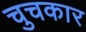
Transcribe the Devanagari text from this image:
चुचकार